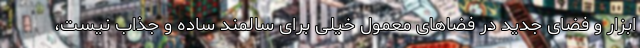
ابزار و فضای جدید در فضاهای معمول خیلی برای سالمند ساده و جذاب نیست،